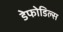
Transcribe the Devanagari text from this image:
डेफोडिल्स